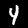
Digit: 4